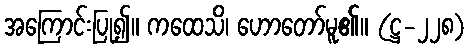
အကြောင်းပြု၍။ ကထေသိ၊ ဟောတော်မူ၏။ (ဋ္ဌ-၂၂၈)